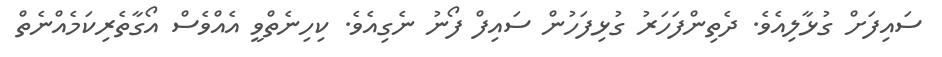
ސަައިފަށް ގުޅާލިއެވެ. ދެތިންފަހަރު ގުޅިފަހުން ސައިފް ފޯނު ނެގިއެވެ. ކިހިނެތްވީ އެއްވެސް އޯގާތެރިކަމެއްނެތް